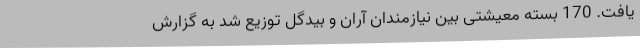
یافت. 170 بسته معیشتی بین نیازمندان آران و بیدگل توزیع شد به گزارش